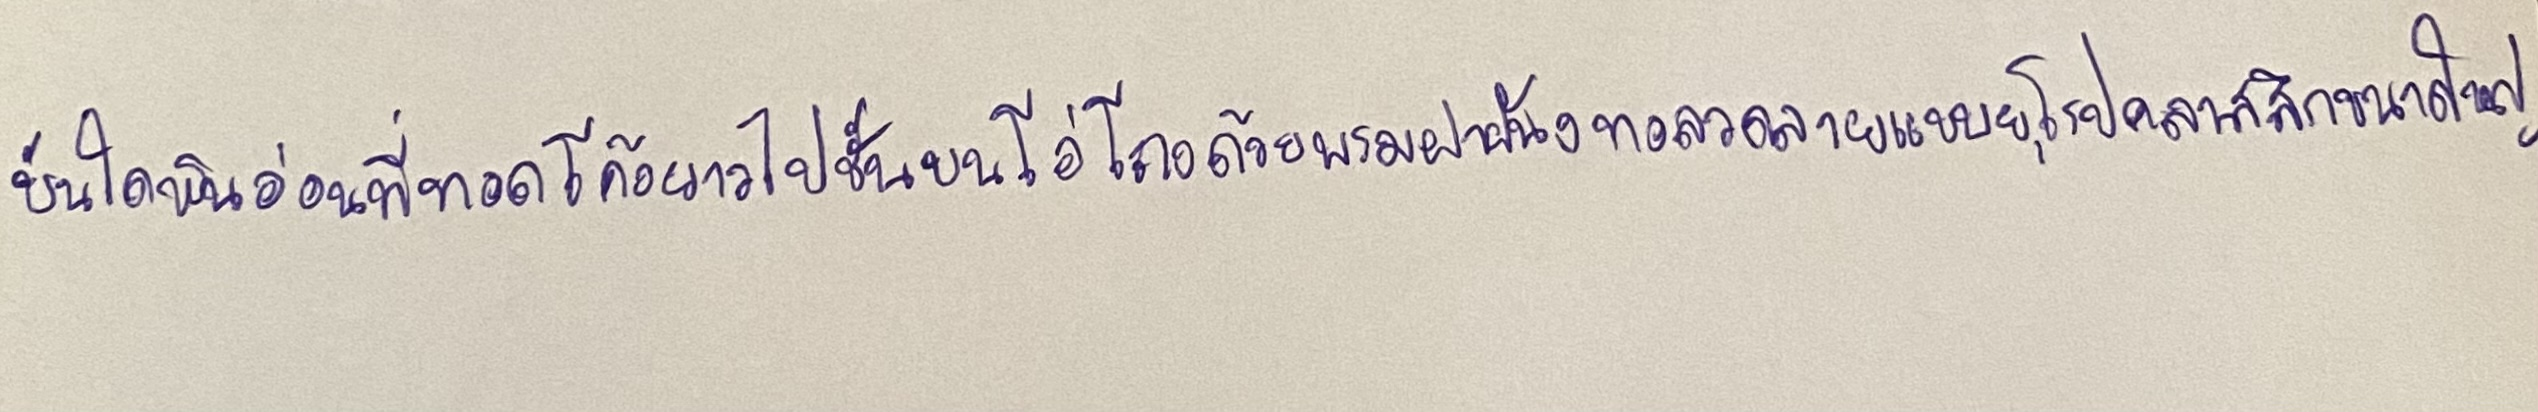
บันไดหินอ่อนที่ทอดโค้งยาวไปชั้นบนโอ่โถงด้วยพรมฝาผนังทอลวดลายแบบยุโรปคลาสสิกขนาดใหญ่